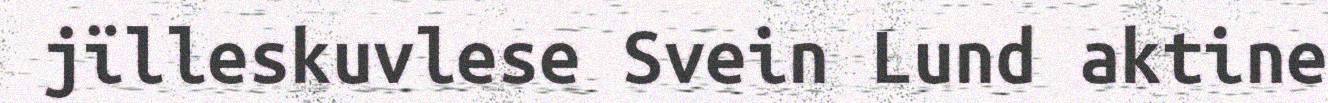
jïlleskuvlese Svein Lund aktine